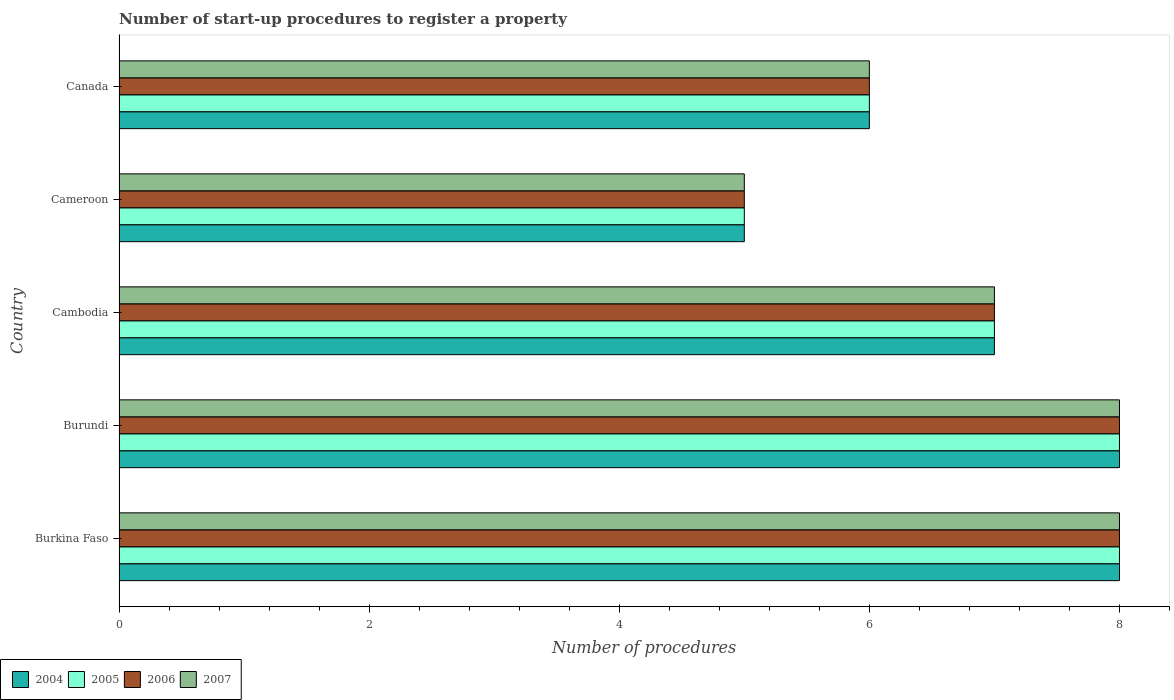
| Country | 2004 | 2005 | 2006 | 2007 |
 | --- | --- | --- | --- | --- |
 | Burkina Faso | 8 | 8 | 8 | 8 |
 | Burundi | 8 | 8 | 8 | 8 |
 | Cambodia | 7 | 7 | 7 | 7 |
 | Cameroon | 5 | 5 | 5 | 5 |
 | Canada | 6 | 6 | 6 | 6 |